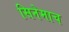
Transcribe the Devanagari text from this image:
सिनेमाच